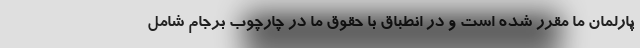
پارلمان ما مقرر شده است و در انطباق با حقوق ما در چارچوب برجام شامل